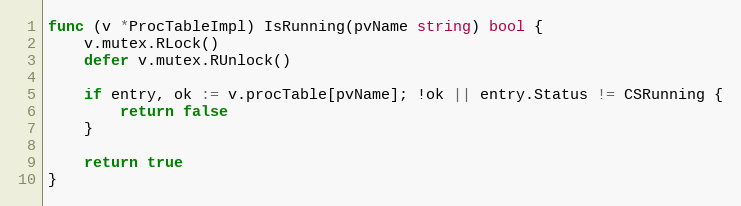
Language: Go
func (v *ProcTableImpl) IsRunning(pvName string) bool {
	v.mutex.RLock()
	defer v.mutex.RUnlock()

	if entry, ok := v.procTable[pvName]; !ok || entry.Status != CSRunning {
		return false
	}

	return true
}